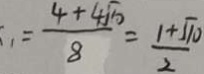
= \frac { 4 + 4 \sqrt { 1 0 } } { 8 } = \frac { 1 + \sqrt { 1 0 } } { 2 }